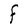
Character: F